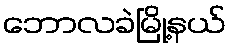
ဘောလခဲမြို့နယ်